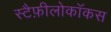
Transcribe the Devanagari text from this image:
स्टैफ़ीलोकॉकस